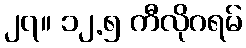
၂၇။ ၁၂.၅ ကီလိုဂရမ်